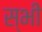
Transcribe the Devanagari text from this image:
स्भी